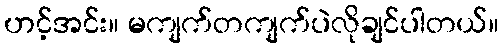
ဟင့်အင်း။ မကျက်တကျက်ပဲလိုချင်ပါတယ်။